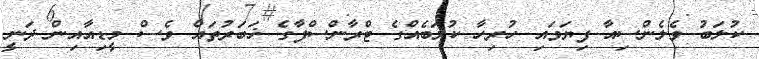
ކުލަބު ވެލެންސިއާ ފިޔަވައި ހުރިހާ ކުލަބެއްގެ ޓްރާންސްފާގެ ޚަބަރުތައް ވެސް މީޑިއާއިން ދަނީ